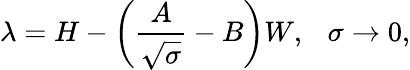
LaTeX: \lambda=H-\left(\frac{A}{\sqrt{\sigma}}-B\right)W,~~~\sigma\rightarrow 0,